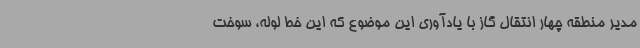
مدیر منطقه چهار انتقال گاز با یادآوری این موضوع که این خط لوله، سوخت